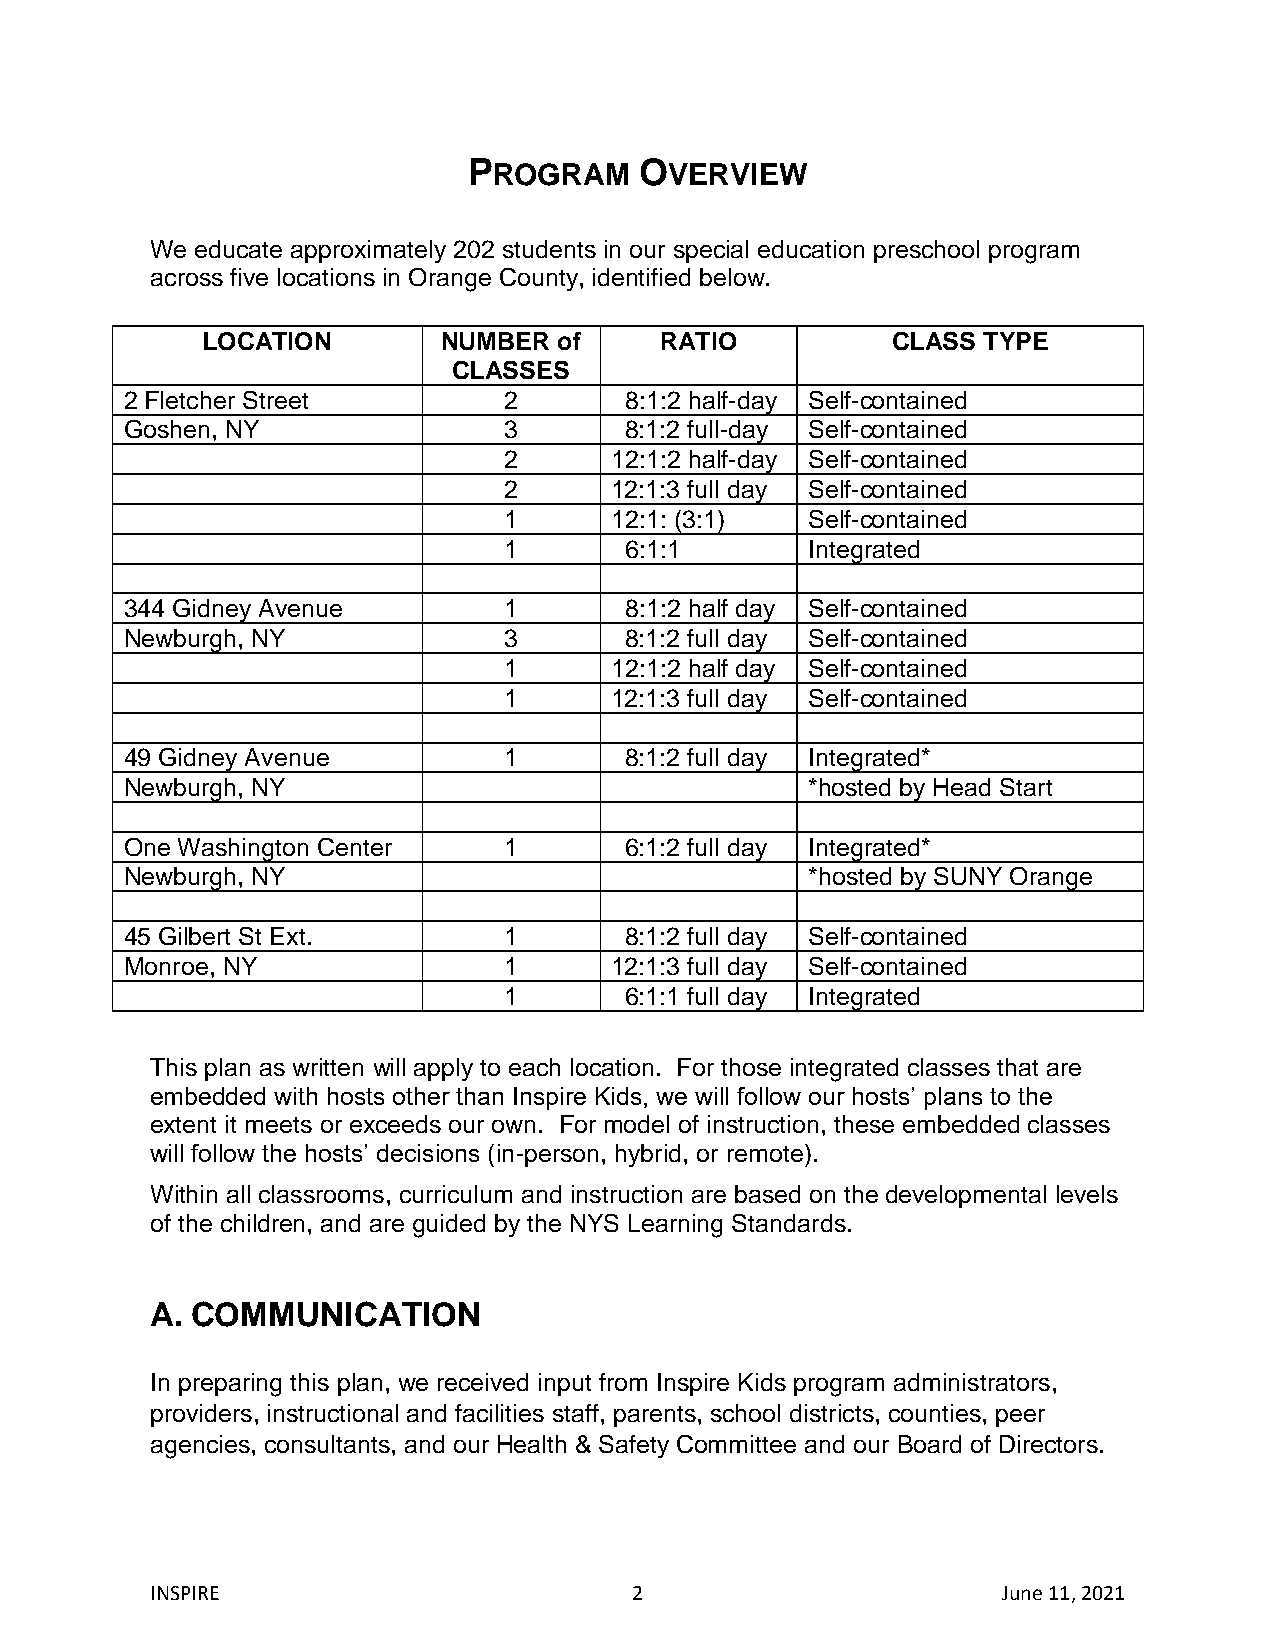
PROGRAM    OVERVIEW
 We educate approximately 202 students in our special education preschool program
 across five locations in Orange County, identified below.
 LOCATION        NUMBER  of     RATIO          CLASS TYPE
 CLASSES
 2 Fletcher Street        2       8:1:2 half-day Self-contained
 Goshen, NY               3       8:1:2 full-day Self-contained
 2      12:1:2 half-day Self-contained
 2      12:1:3 full day Self-contained
 1      12:1: (3:1)   Self-contained
 1       6:1:1        Integrated
 344 Gidney Avenue        1       8:1:2 half day Self-contained
 Newburgh, NY             3       8:1:2 full day Self-contained
 1      12:1:2 half day Self-contained
 1      12:1:3 full day Self-contained
 49 Gidney Avenue         1       8:1:2 full day Integrated*
 Newburgh, NY                                  *hosted by Head Start
 One Washington Center    1       6:1:2 full day Integrated*
 Newburgh, NY                                  *hosted by SUNY Orange
 45 Gilbert St Ext.       1       8:1:2 full day Self-contained
 Monroe, NY               1      12:1:3 full day Self-contained
 1       6:1:1 full day Integrated
 This plan as written will apply to each location. For those integrated classes that are
 embedded with hosts other than Inspire Kids, we will follow our hosts’ plans to the
 extent it meets or exceeds our own. For model of instruction, these embedded classes
 will follow the hosts’ decisions (in-person, hybrid, or remote).
 Within all classrooms, curriculum and instruction are based on the developmental levels
 of the children, and are guided by the NYS Learning Standards.
 A. COMMUNICATION
 In preparing this plan, we received input from Inspire Kids program administrators,
 providers, instructional and facilities staff, parents, school districts, counties, peer
 agencies, consultants, and our Health & Safety Committee and our Board of Directors.
 INSPIRE                         2                       June 11, 2021